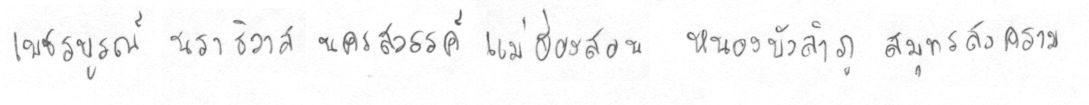
เพชรบรูณ์นราธิวาสนครสววรรค์แม่ฮ่องสอนหนองบัวลำภูสมุทรสงคราม